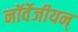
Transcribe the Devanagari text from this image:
नॉर्वेजीयन्